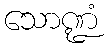
သောဏ္ဍံ